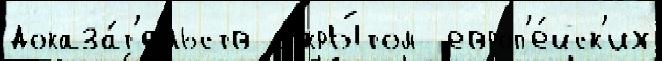
доказа́т'ельств откры́том  европ'е́йск'их